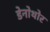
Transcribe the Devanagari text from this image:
डेनोथोर